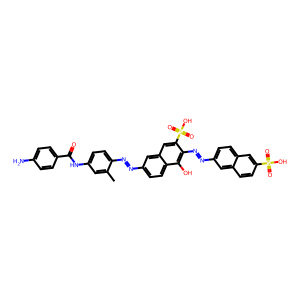
SMILES: Cc1cc(NC(=O)c2ccc(N)cc2)ccc1N=Nc1ccc2c(O)c(N=Nc3ccc4cc(S(=O)(=O)O)ccc4c3)c(S(=O)(=O)O)cc2c1
Inhibits HIV replication: Yes